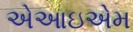
એઆઇએમ